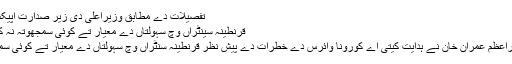
تفصیلات دے مطابق وزیراعلیٰ دی زیر صدارت اپیکس کمیٹی ..اگے پڑھو
قرنطینہ سینٹراں وچ سہولتاں دے معیار تے کوئی سمجھوتہ نہ کیتا جاوے: وزیراعظم
ڈیرہ غازی خان: وزیراعظم عمران خان نے ہدایت کیتی اے کورونا وائرس دے خطرات دے پیش نظر قرنطینہ سنٹراں وچ سہولتاں دے معیار تے کوئی سمجھوتہ نہ کیتا جاوے۔